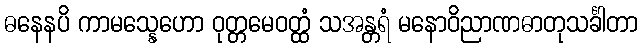
ဓနေနပိ ကာမသ္နေဟော ဝုတ္တမေဝတ္ထံ သအန္တရံ မနောဝိညာဏဓာတုသင်္ခါတာ